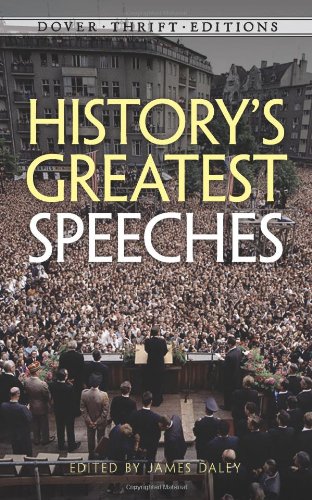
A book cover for History's Greatest Speeches (Dover Thrift Editions); Literature & Fiction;